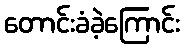
တောင်းခံခဲ့ကြောင်း